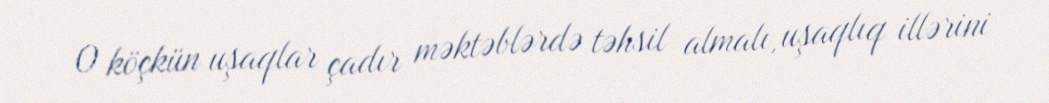
O köçkün uşaqlar çadır məktəblərdə təhsil almalı, uşaqlıq illərini